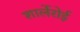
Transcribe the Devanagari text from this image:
शार्लेरोई